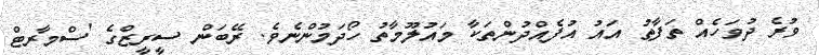
ވުރެ ދުވަހެއް ތަފާތު އައު އުފެއްދުންތަކާ މައުލޫމާތު ހޯދަމުންނެވެ. ރޭބަން ސީރީޒްގެ 'ސްމާރޓް